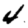
Digit: 4